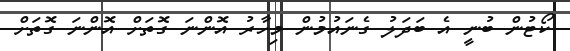
ކޯޓުން ބުނީ އެ ބަދަލު ގެނައުމުން މިހާރު އޮންނަ ގޮތަށް އޮންނަ ގޮތަށް